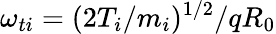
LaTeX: \omega_{ti}=(2T_{i}/m_{i})^{1/2}/qR_{0}